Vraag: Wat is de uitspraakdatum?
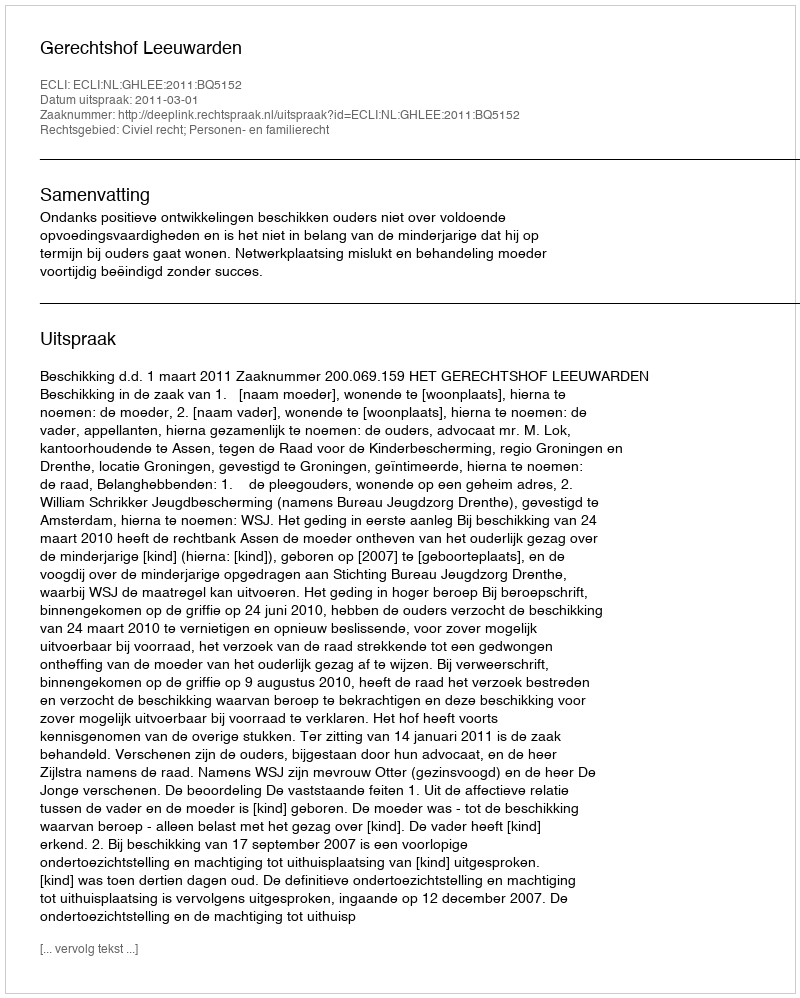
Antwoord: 2011-03-01